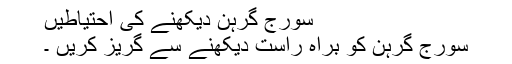
سورج گرہن دیکھنے کی احتیاطیں
سورج گرہن کو براہ راست دیکھنے سے گریز کریں ۔